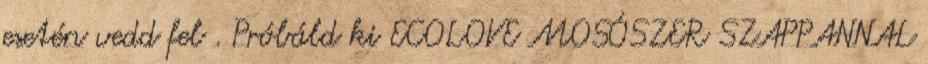
esetén vedd fel . Próbáld ki ECOLOVE MOSÓSZER SZAPPANNAL